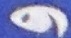
و